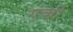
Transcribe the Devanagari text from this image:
गंकी